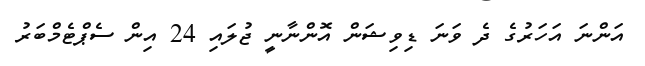
އަންނަ އަހަރުގެ ދެ ވަނަ ޑިވިޝަން އޮންނާނީ ޖުލައި 24 އިން ސެޕްޓެމްބަރު